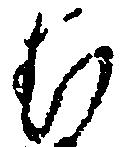
む